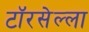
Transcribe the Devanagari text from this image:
टॉरसेल्ला